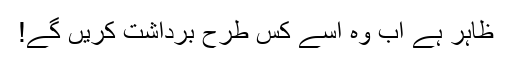
ظاہر ہے اب وہ اسے کس طرح برداشت کریں گے!